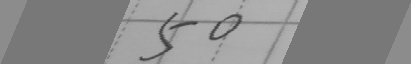
5 0